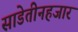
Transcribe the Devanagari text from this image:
साडेतीनहजार